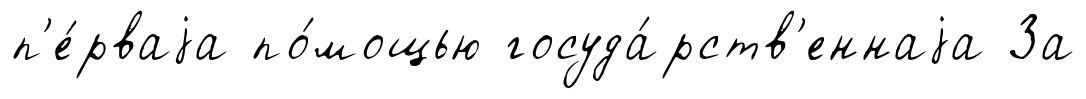
п'е́рваjа по́мощью госуда́рств'еннаjа За